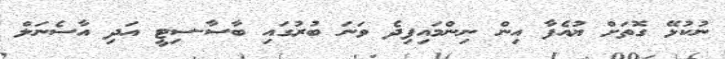
ނުކުޅޭ ގޮތަށް ޔުއެފާ އިން ނިންމައިފިދެ ވަނަ ބުރުގައި ބާސާ-ސިޓީ އަދި އާސެނަލް